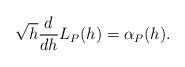
LaTeX: \begin{align*} \begin{aligned}\sqrt{h}\frac{d}{dh}L_P(h)=\alpha_P(h). \end{aligned} \end{align*}